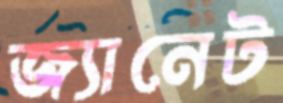
জ্যানেট